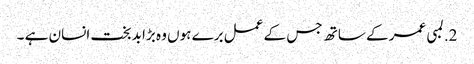
2. لمبی عمر کے ساتھ جس کے عمل برے ہوں وہ بڑا بدبخت انسان ہے ۔